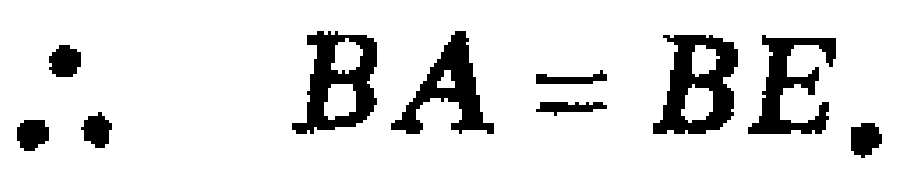
\(\therefore BA = BE.\)